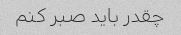
چقدر باید صبر کنم